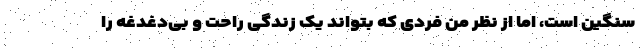
سنگین است، اما از نظر من فردی که بتواند یک زندگی راحت و بی‌دغدغه را